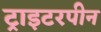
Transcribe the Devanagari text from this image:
ट्राइटरपीन